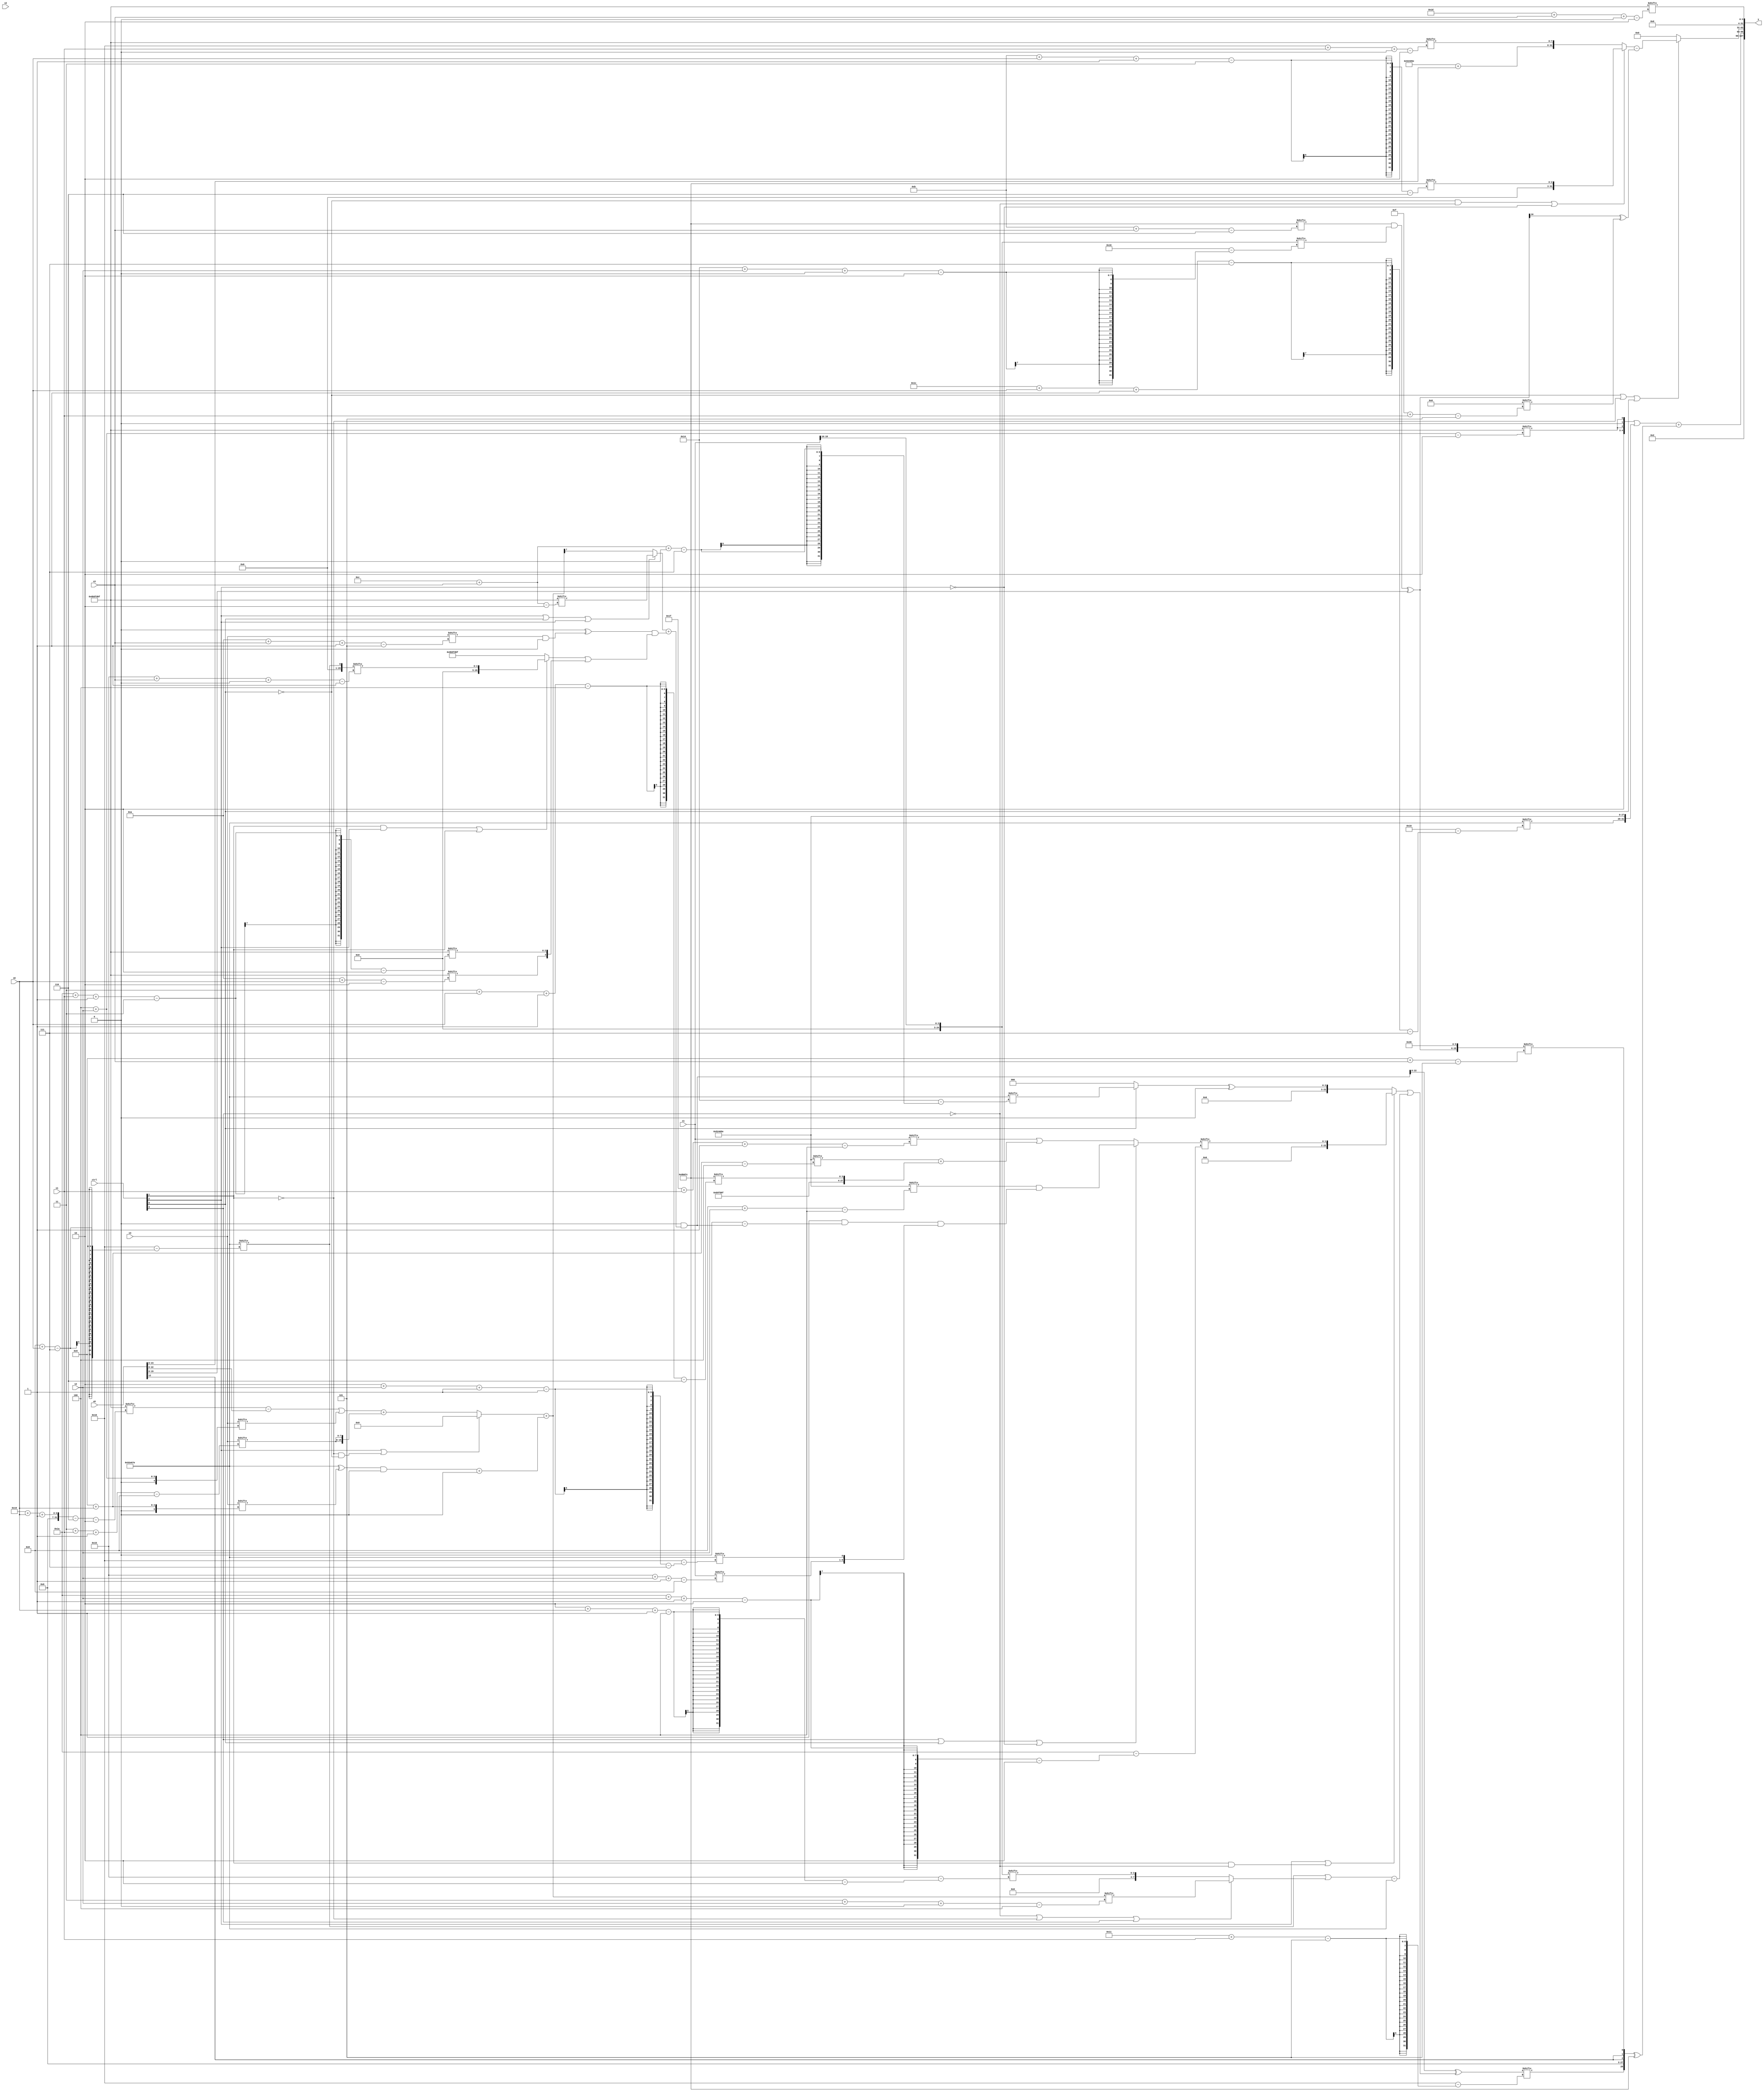
module partsel_00338(ctrl, s0, s1, s2, s3, x0, x1, x2, x3, y);
  input [3:0] ctrl;
  input [2:0] s0;
  input [2:0] s1;
  input [2:0] s2;
  input [2:0] s3;
  input signed [31:0] x0;
  input [31:0] x1;
  input signed [31:0] x2;
  input [31:0] x3;
  wire [30:1] x4;
  wire [4:29] x5;
  wire signed [2:26] x6;
  wire [26:4] x7;
  wire signed [3:26] x8;
  wire [1:30] x9;
  wire [30:5] x10;
  wire [31:5] x11;
  wire signed [28:1] x12;
  wire signed [2:29] x13;
  wire signed [0:30] x14;
  wire [5:27] x15;
  output [127:0] y;
  wire [31:0] y0;
  wire [31:0] y1;
  wire [31:0] y2;
  wire [31:0] y3;
  assign y = {y0,y1,y2,y3};
  localparam signed [7:29] p0 = 466806398;
  localparam signed [31:4] p1 = 273825886;
  localparam signed [25:6] p2 = 59293052;
  localparam signed [29:2] p3 = 917896463;
  assign x4 = p0[8 + s0];
  assign x5 = {x1[21 + s2 -: 8], p0[2 + s2 -: 1]};
  assign x6 = x1[16 +: 3];
  assign x7 = ({2{(ctrl[2] || !ctrl[1] && !ctrl[0] ? (p0[15] & {2{p1}}) : (((p3[25 + s0 -: 6] - x0) | x3[4 + s2]) + {2{x3[3 + s1 -: 8]}}))}} + ((((p0 & p0) ^ x3[9 + s0]) & {2{x4[9]}}) + p1[12 +: 3]));
  assign x8 = x0;
  assign x9 = (({2{p2[13]}} & p0[16]) & ((ctrl[2] || ctrl[0] || ctrl[2] ? p3[12 + s3] : x7[11]) + ((p1[19 -: 1] ^ (x3[10 + s3 -: 5] & p1[11])) & ((ctrl[1] && ctrl[2] || ctrl[1] ? x4[21 + s3 +: 5] : p3) | {p3[10 + s0], p3[26 + s1 -: 3]}))));
  assign x10 = {((p2[11 + s3] & x6[20 + s2 +: 1]) ^ x8), {2{p3[13 -: 3]}}};
  assign x11 = x4[15 +: 4];
  assign x12 = {{2{x0[12]}}, x10[9 + s3]};
  assign x13 = (ctrl[3] || ctrl[0] || !ctrl[2] ? (p1[8 + s2] & ((x10[10] & (p1[19] - x9)) & x5)) : (x1[31 + s1 -: 4] | (p1[9 + s0] + {p3, p2[3 + s0 -: 4]})));
  assign x14 = (!ctrl[1] || !ctrl[3] || ctrl[0] ? ((x1[8 + s1 -: 3] - (p3 ^ ((x1 | p0) | ((p0[12 -: 2] & p3[15 + s1]) + x0[15 + s1 +: 6])))) | p3[15 + s0]) : x7[21 -: 4]);
  assign x15 = ({2{x9}} ^ ((ctrl[2] || ctrl[1] && !ctrl[3] ? x13[26 + s2 -: 2] : ((ctrl[0] && ctrl[0] && ctrl[0] ? p0[12 + s3 +: 3] : p0[8]) ^ {(p0[12 + s3 -: 5] - (p2 - ((x12[25 + s0 -: 7] & x13) - x2[19 +: 1]))), x11})) | (((x5[13 +: 1] ^ x4) | (!ctrl[3] || !ctrl[1] || ctrl[3] ? x7[3 + s2 +: 8] : x6[2 + s0 -: 4])) - p0)));
  assign y0 = (p0[16 +: 1] + p1[18 -: 1]);
  assign y1 = (({p1[18 +: 2], {2{{(x7[8 +: 1] & x4[21 -: 1]), p3[4 + s2]}}}} | {p0[28 + s0 -: 7], p1}) + ({x15[17 + s1], x12} ^ p2));
  assign y2 = (!ctrl[0] || !ctrl[1] || ctrl[0] ? ((!ctrl[0] && !ctrl[3] || !ctrl[2] ? p2[11 + s0 -: 3] : {(p1 + x0), p3[22 + s1 +: 8]}) - (x10[21] ^ x11[15 + s1])) : p2[15]);
  assign y3 = p3[29 + s3 +: 4];
endmodule